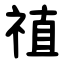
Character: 禃